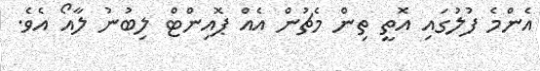
އެންމެ ފުލުގައި އޮތީ ތިން މެޗުން އެއް ޕޮއިންޓް ލިބުނު ލާއޯ އެވެ.